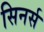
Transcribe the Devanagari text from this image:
सिनर्स